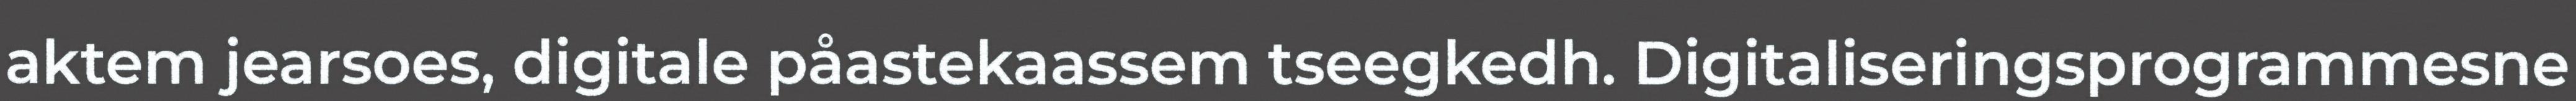
aktem jearsoes, digitale påastekaassem tseegkedh. Digitaliseringsprogrammesne